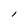
Character: l